Indian journal of veterinary science and animal husbandry - Volume 9,
Year: 1939
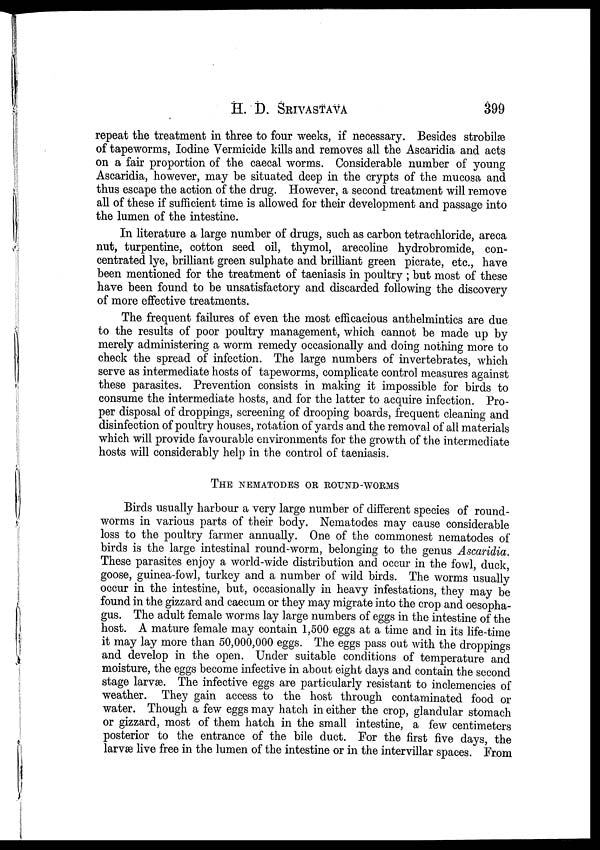
H. D.
SRIVASTAVA
399
repeat the treatment in three to four weeks, if necessary. Besides strobilæ
of tapeworms, Iodine Vermicide kills and removes all the Ascaridia and acts
on a fair proportion of the caecal worms. Considerable number of young
Ascaridia, however, may be situated deep in the crypts of the mucosa and
thus escape the action of the drug. However, a second treatment will remove
all of these if sufficient time is allowed for their development and passage into
the lumen of the intestine.
In literature a large number of drugs, such as carbon tetrachloride, areca
nut, turpentine, cotton seed oil, thymol, arecoline hydrobromide, con-
centrated lye, brilliant green sulphate and brilliant green picrate, etc., have
been mentioned for the treatment of taeniasis in poultry ; but most of these
have been found to be unsatisfactory and discarded following the discovery
of more effective treatments.
The frequent failures of even the most efficacious anthelmintics are due
to the results of poor poultry management, which cannot be made up by
merely administering a worm remedy occasionally and doing nothing more to
check the spread of infection. The large numbers of invertebrates, which
serve as intermediate hosts of tapeworms, complicate control measures against
these parasites. Prevention consists in making it impossible for birds to
consume the intermediate hosts, and for the latter to acquire infection. Pro-
per disposal of droppings, screening of drooping boards, frequent cleaning and
disinfection of poultry houses, rotation of yards and the removal of all materials
which will provide favourable environments for the growth of the intermediate
hosts will considerably help in the control of taeniasis.
THE NEMATODES OR ROUND-WORMS
Birds usually harbour a very large number of different species of round-
worms in various parts of their body. Nematodes may cause considerable
loss to the poultry farmer annually. One of the commonest nematodes of
birds is the large intestinal round-worm, belonging to the genus Ascaridia.
These parasites enjoy a world-wide distribution and occur in the fowl, duck,
goose, guinea-fowl, turkey and a number of wild birds. The worms usually
occur in the intestine, but, occasionally in heavy infestations, they may be
found in the gizzard and caecum or they may migrate into the crop and oesopha-
gus. The adult female worms lay large numbers of eggs in the intestine of the
host. A mature female may contain 1,500 eggs at a time and in its life-time
it may lay more than 50,000,000 eggs. The eggs pass out with the droppings
and develop in the open. Under suitable conditions of temperature and
moisture, the eggs become infective in about eight days and contain the second
stage larvæ. The infective eggs are particularly resistant to inclemencies of
weather. They gain access to the host through contaminated food or
water. Though a few eggs may hatch in either the crop, glandular stomach
or gizzard, most of them hatch in the small intestine, a few centimeters
posterior to the entrance of the bile duct. For the first five days, the
larvæ live free in the lumen of the intestine or in the intervillar spaces. From